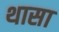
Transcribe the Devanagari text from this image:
थासा